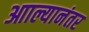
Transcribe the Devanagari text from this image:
आाल्यानंतर